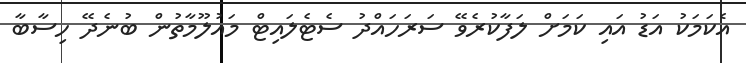
އެކަމަކު އަޑު އައި ކަމަށް ލަފާކުރެވޭ ސަރަހައްދު ސެޓެލައިޓް މައުލޫމާތުން ބުނެދޭ ހިސާބާ